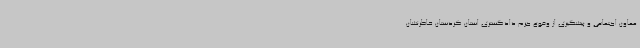
معاون اجتماعی و پیشگیری از وقوع جرم دادگستری استان کردستان خاطرنشان